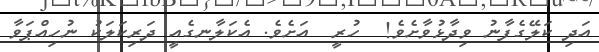
އަދި ކަލޭގެފާނު ވިދާޅުވާށެވެ!  ހުރީ  އަށެވެ. އެކަލާނގެއީ ދަރިކަލަކު ނުހިއްޕަވާ